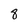
Character: 8